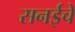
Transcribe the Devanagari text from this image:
सनईचे